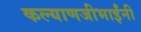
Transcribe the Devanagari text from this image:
कल्याणजीभाईंनी